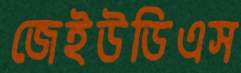
জেইউডিএস